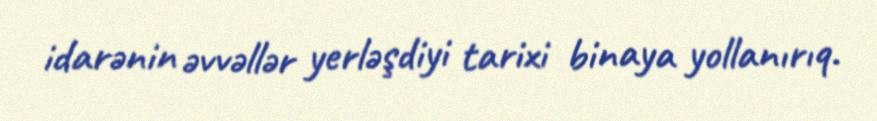
idarənin əvvəllər yerləşdiyi tarixi binaya yollanırıq.